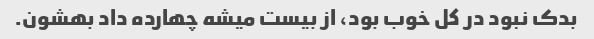
بدک نبود در کل خوب بود، از بیست میشه چهارده داد بهشون.